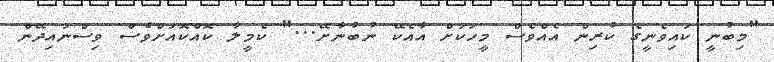
"މިބުނީ ކައިވެނީގެ ކުރިން އެއްވެސް މީހަކަށް އާއެކޭ ނުބުނާށޭ..." ކެމީލާ ކޮއްކޮއަށްވެސް ވިސްނައިދޭން